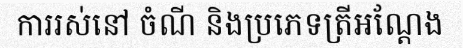
ការរស់នៅ ចំណី និងប្រភេទត្រីអណ្តែង